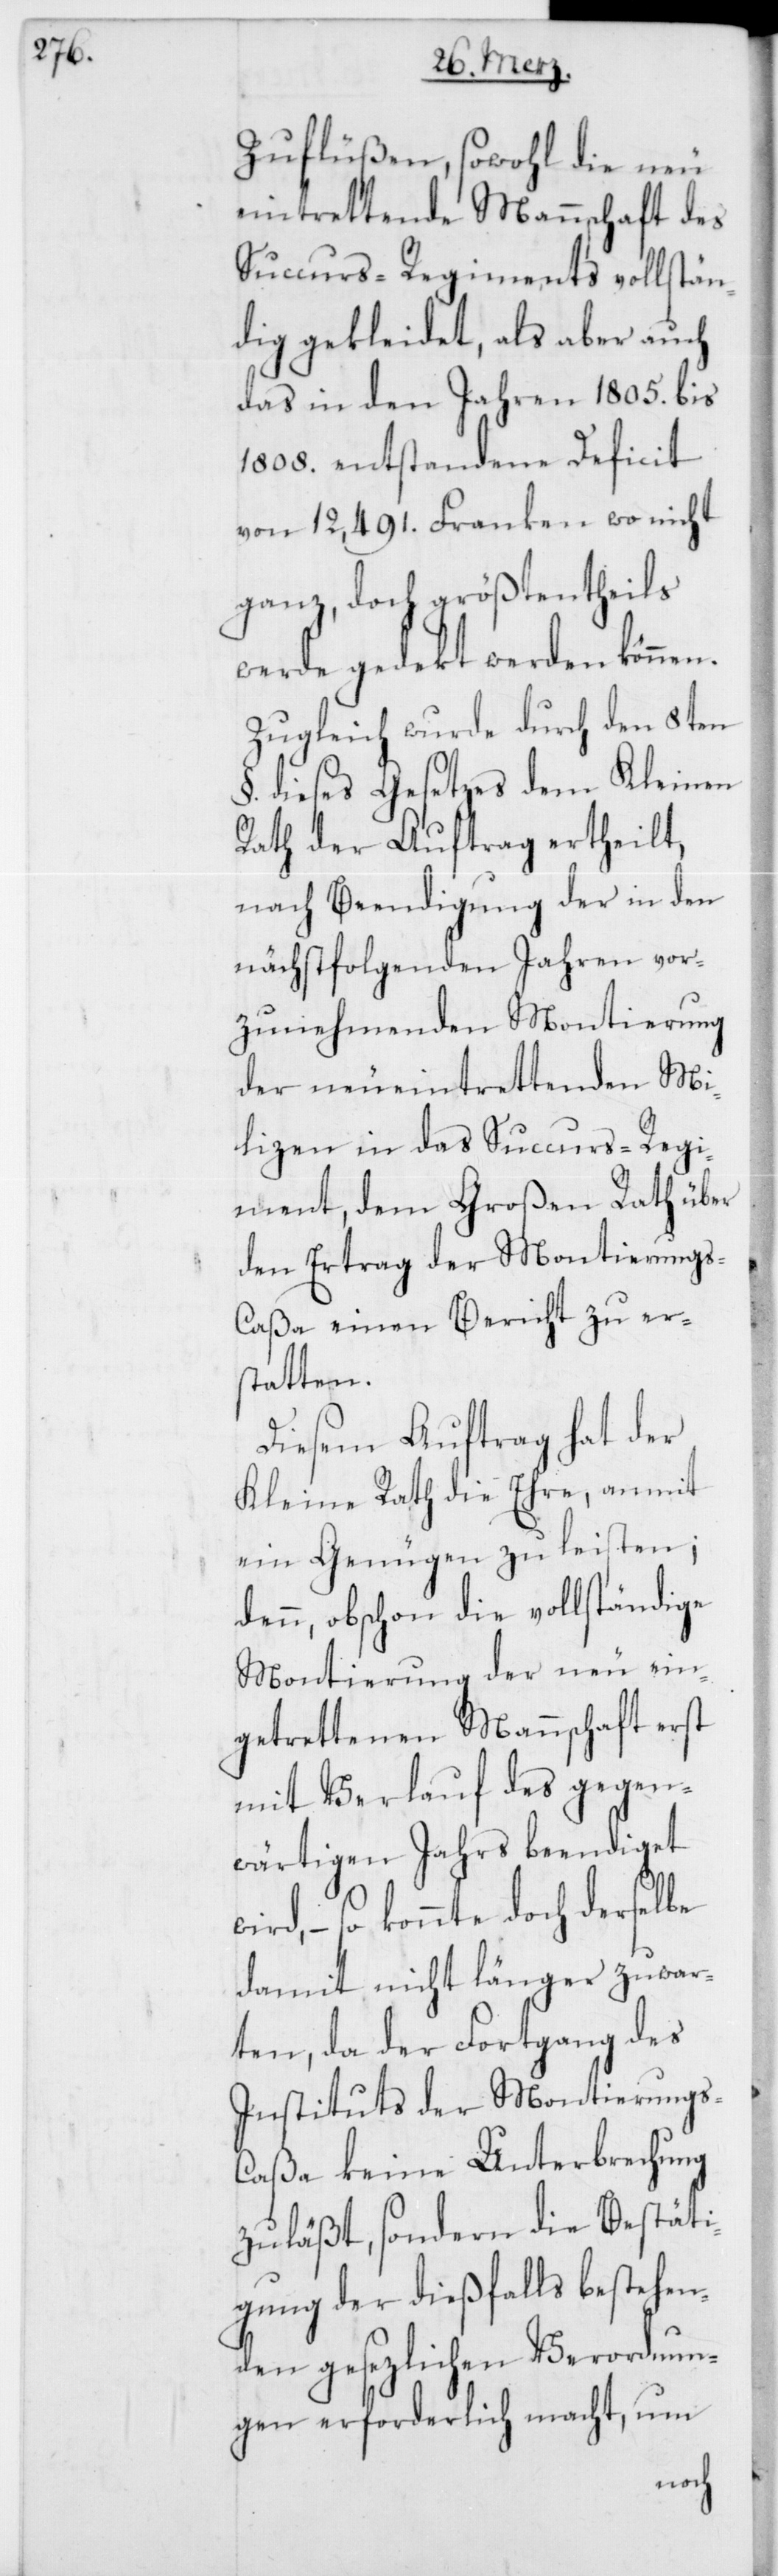
Zuflüßen, sowohl die neu
eintrettende Mannschaft des
Succurs-Regiments vollstän¬
dig gekleidet, als aber auch
das in den Jahren 1805. bis
1808. entstandene Deficit
von 12,491. Franken wo nicht
ganz, doch größtentheils
werde gedekt werden können.
Zugleich wurde durch den 8ten
§. dieses Gesetzes dem Kleinen
Rath der Auftrag ertheilt,
nach Beendigung der in den
nächstfolgenden Jahren vor¬
zunehmenden Montierung
der neueintrettenden Mi¬
lizen in das Succurs-Regi¬
ment, dem Großen Rath über
den Ertrag der Montierungs-C¬
aßa einen Bericht zu er¬
statten.
Diesem Auftrag hat der
Kleine Rath die Ehre, anmit
ein Genügen zu leisten;
denn, obschon die vollständige
ein¬
Montierung der neu
getrettenen Mannschaft erst
mit Verlauf des gegen¬
wärtigen Jahrs beendiget
so konnte doch derselbe
damit nicht länger zuwar¬
ten, da der Fortgang des
Instituts der Montierungs-C¬
aßa keine Unterbrechung
zuläßt, sondern die Bestäti¬
gung der dießfalls bestehen¬
den gesezlichen Verordnun¬
gen erforderlich macht, um